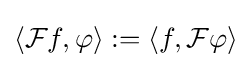
\langle {\mathcal {F}}f,\varphi \rangle :=\langle f,{\mathcal {F}}\varphi \rangle